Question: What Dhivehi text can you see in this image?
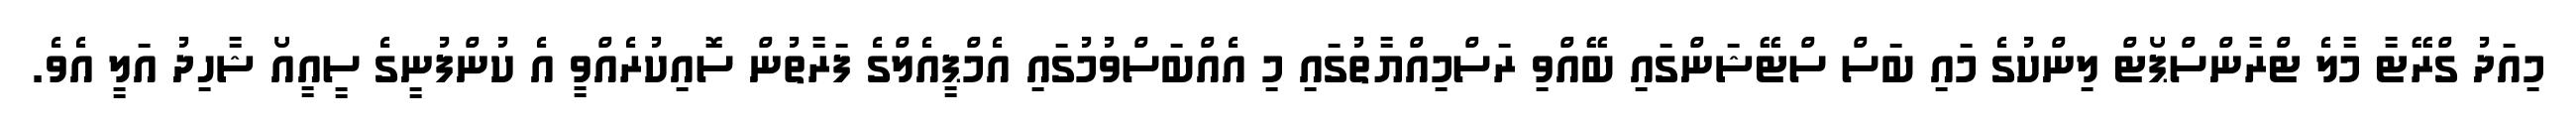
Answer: މިއަދު ގްރޭޓާ މާލެ ޓްރާންސްޕޯޓް ލިންކުގެ މައި ބަސް ސްޓޭޝަންގައި ބޭއްވި ރަސްމިއްޔާތުގައި މި އެއްބަސްވުމުގައި އެމްޕީއެލްގެ ފަރާތުން ސޮއިކުރެއްވީ އެ ކުންފުނީގެ ސީއީއޯ ޝާހިދު އަލީ އެވެ.